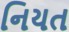
નિયત